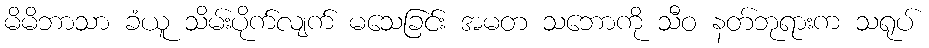
မိမိဘာသာ ခံယူ သိမ်းပိုက်လျက် မသေခြင်း အမတ သဘောကို သီဝ နတ်ဘုရားက သရုပ်